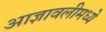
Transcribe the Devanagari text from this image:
आज्ञावलीमध्ये